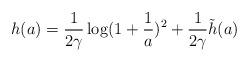
LaTeX: \begin{align*}h(a)=\frac{1}{2\gamma}\log(1+\frac{1}{a})^{2}+\frac{1}{2\gamma}\tilde{h}(a)\end{align*}